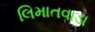
લિમાતવાડા